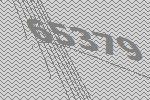
65379